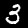
Digit: 3